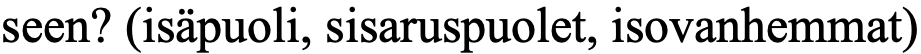
seen? (isäpuoli, sisaruspuolet, isovanhemmat)